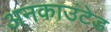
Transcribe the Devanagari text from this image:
अनकाउंटेड